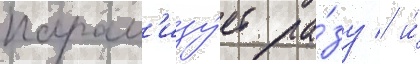
парал'изу́ет ра́зу / и́